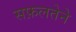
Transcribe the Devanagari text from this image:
सफ़लतेने